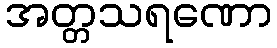
အတ္တသရဏော